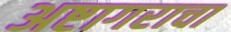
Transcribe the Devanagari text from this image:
अष्टागराचा